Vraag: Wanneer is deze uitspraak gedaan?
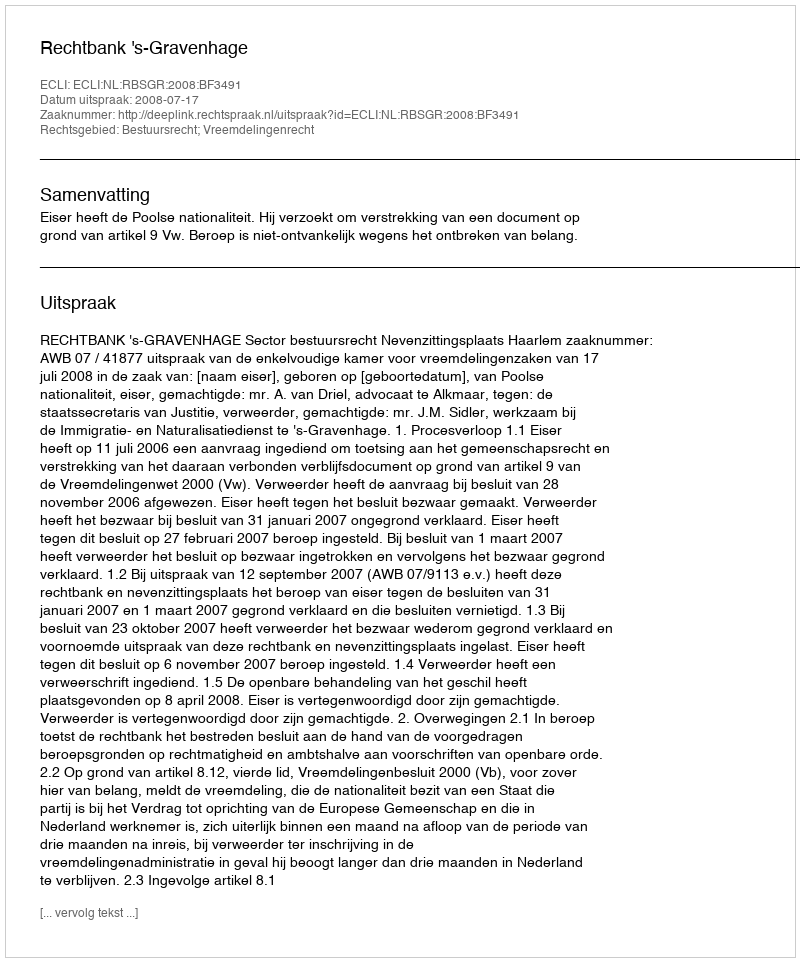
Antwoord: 2008-07-17